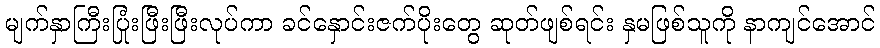
မျက်နှာကြီးပြုံးဖြီးဖြီးလုပ်ကာ ခင်နှောင်းဇက်ပိုးတွေ ဆုတ်ဖျစ်ရင်း နှမဖြစ်သူကို နာကျင်အောင်